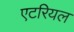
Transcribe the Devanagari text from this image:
एटरियल